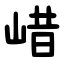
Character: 㟙